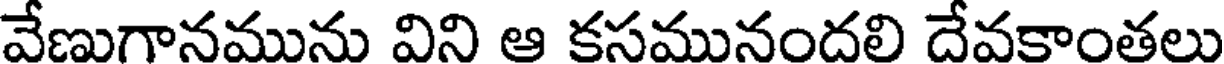
వేణుగానమును విని ఆ కసమునందలి దేవకాంతలు